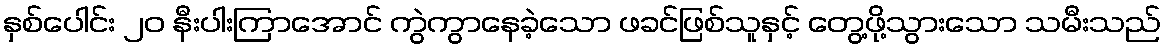
နှစ်ပေါင်း ၂၀ နီးပါးကြာအောင် ကွဲကွာနေခဲ့သော ဖခင်ဖြစ်သူနှင့် တွေ့ဖို့သွားသော သမီးသည်